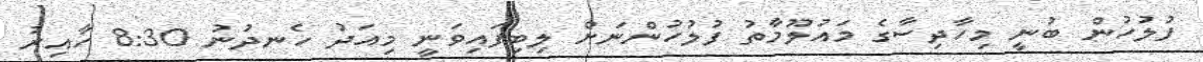
ފުލުހުން ބުނީ މިހާދިސާގެ މައުލޫމާތު ފުލުހުންނަށް ލިބިފައިވަނީ މިއަދު ހެނދުނު 8:30 ހާއިރު